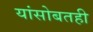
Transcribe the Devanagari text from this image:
यांसोबतही